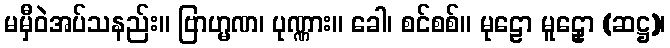
မမှီဝဲအပ်သနည်း။ ဗြာဟ္မဏ၊ ပုဏ္ဏား။ ခေါ၊ စင်စစ်။ မုဠော မူဠှော (ဆဋ္ဌ)၊